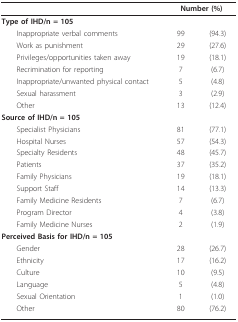
<table><thead><tr><td></td><td colspan="2"><b>Number (%)</b></td></tr></thead><tbody><tr><td><b>Type of IHD/n = 105</b></td><td></td><td></td></tr><tr><td> Inappropriate verbal comments</td><td>99</td><td>(94.3)</td></tr><tr><td> Work as punishment</td><td>29</td><td>(27.6)</td></tr><tr><td> Privileges/opportunities taken away</td><td>19</td><td>(18.1)</td></tr><tr><td> Recrimination for reporting</td><td>7</td><td>(6.7)</td></tr><tr><td> Inappropriate/unwanted physical contact</td><td>5</td><td>(4.8)</td></tr><tr><td> Sexual harassment</td><td>3</td><td>(2.9)</td></tr><tr><td> Other</td><td>13</td><td>(12.4)</td></tr><tr><td><b>Source of IHD/n = 105</b></td><td></td><td></td></tr><tr><td> Specialist Physicians</td><td>81</td><td>(77.1)</td></tr><tr><td> Hospital Nurses</td><td>57</td><td>(54.3)</td></tr><tr><td> Specialty Residents</td><td>48</td><td>(45.7)</td></tr><tr><td> Patients</td><td>37</td><td>(35.2)</td></tr><tr><td> Family Physicians</td><td>19</td><td>(18.1)</td></tr><tr><td> Support Staff</td><td>14</td><td>(13.3)</td></tr><tr><td> Family Medicine Residents</td><td>7</td><td>(6.7)</td></tr><tr><td> Program Director</td><td>4</td><td>(3.8)</td></tr><tr><td> Family Medicine Nurses</td><td>2</td><td>(1.9)</td></tr><tr><td><b>Perceived Basis for IHD/n = 105</b></td><td></td><td></td></tr><tr><td> Gender</td><td>28</td><td>(26.7)</td></tr><tr><td> Ethnicity</td><td>17</td><td>(16.2)</td></tr><tr><td> Culture</td><td>10</td><td>(9.5)</td></tr><tr><td> Language</td><td>5</td><td>(4.8)</td></tr><tr><td> Sexual Orientation</td><td>1</td><td>(1.0)</td></tr><tr><td> Other</td><td>80</td><td>(76.2)</td></tr></tbody></table>